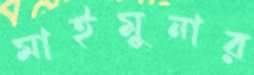
মাইমুনার